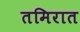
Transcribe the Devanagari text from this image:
तमिरात